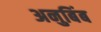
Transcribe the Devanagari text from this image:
अनुबिंब